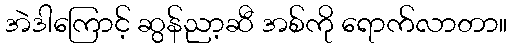
အဲဒါကြောင့် ဆွန်ညာ့ဆီ အစ်ကို ရောက်လာတာ။